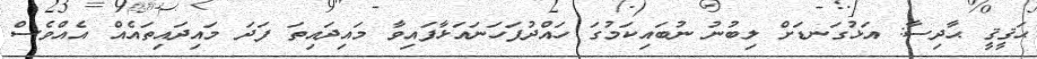
ޙަޤީޤީ ޙާދިސާ: އަޅުގަނޑަށް ލިބުނު ނުބައިކަމުގަ ހައްދުފަހަނައަޅާފައިވާ މައިދައިތަ ފަދަ މައިދައިތައެއް އެއްވެސް